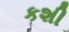
કશી